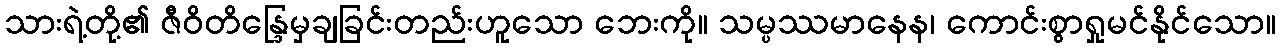
သားရဲ့တို့၏ ဇီဝိတိန္ဒြေမှချခြင်းတည်းဟူသော ဘေးကို။ သမ္ပဿမာနေန၊ ကောင်းစွာရှုမင်နိုင်သော။